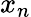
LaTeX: x_{n}